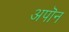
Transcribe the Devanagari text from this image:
अपॊन